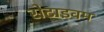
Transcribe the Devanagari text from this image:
सेटाइवम